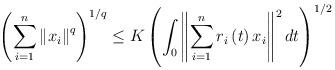
LaTeX: \begin{align*}\left( \sum_{i=1}^n\left\Vert x_{i}\right\Vert ^{q}\right) ^{1/q}\leq K\left( \int_{0}\left\Vert \sum_{i=1}^n r_{i}\left( t\right) x_{i}\right\Vert ^{2}dt\right) ^{1/2}\end{align*}